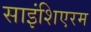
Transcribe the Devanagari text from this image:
साइंशिएरम